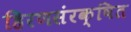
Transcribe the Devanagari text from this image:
हिरणसंरक्षित